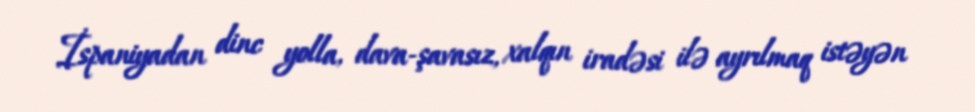
İspaniyadan dinc yolla, dava-şavasız, xalqın iradəsi ilə ayrılmaq istəyən